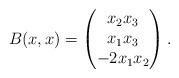
LaTeX: \begin{align*}B(x,x) =\begin{pmatrix}x_2x_3 \\ x_1x_3 \\ -2 x_1 x_2\end{pmatrix}. \end{align*}